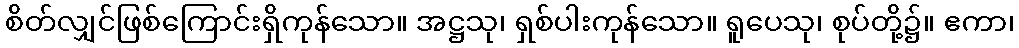
စိတ်လျှင်ဖြစ်ကြောင်းရှိကုန်သော။ အဋ္ဌသု၊ ရှစ်ပါးကုန်သော။ ရူပေသု၊ စုပ်တို့၌။ ဧကာ၊